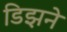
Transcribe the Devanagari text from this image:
डिझने